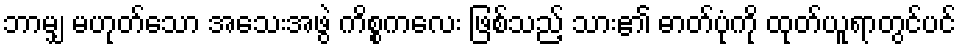
ဘာမျှ မဟုတ်သော အသေးအဖွဲ ကိစ္စကလေး ဖြစ်သည့် သား၏ ဓာတ်ပုံကို ထုတ်ယူရာတွင်ပင်